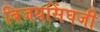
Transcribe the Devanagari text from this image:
बिजयसिंघजी